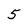
Character: 5